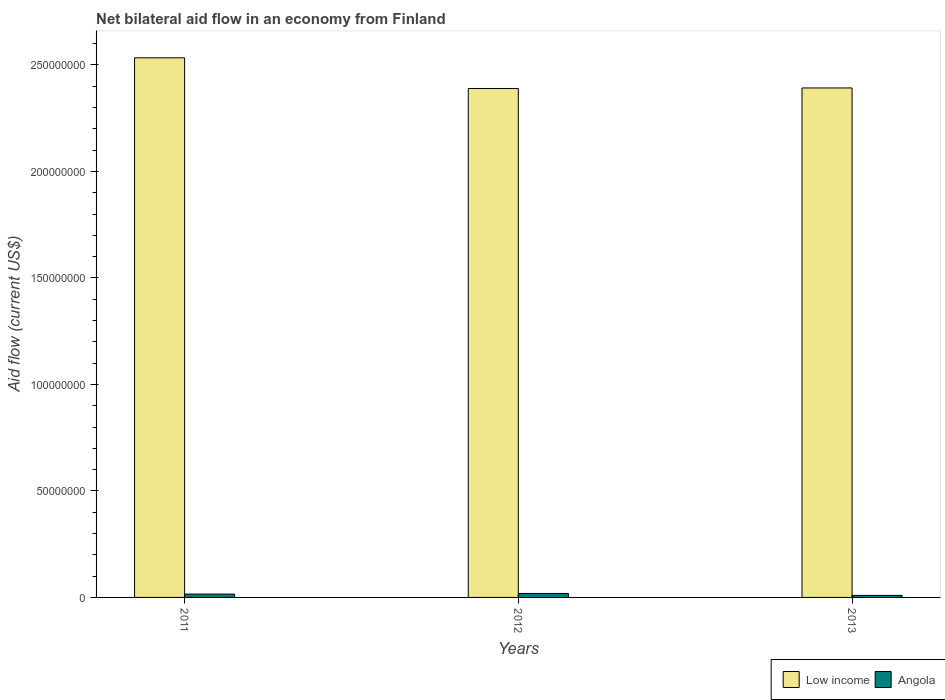
| Years | Low income | Angola |
 | --- | --- | --- |
 | 2011 | 2.53e+08 | 1.57e+06 |
 | 2012 | 2.39e+08 | 1.86e+06 |
 | 2013 | 2.39e+08 | 9.5e+05 |